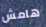
هامش